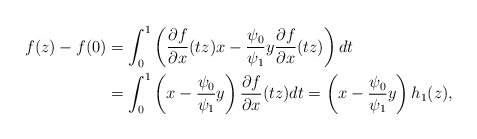
\begin{align*}f(z)-f(0) &= \int_{0}^1 \left( \frac{\partial f }{\partial x}(tz) x - \frac{ \psi_0}{\psi_1} y \frac{\partial f}{\partial x } (tz) \right) dt \\ & = \int_{0}^1 \left( x - \frac{ \psi_0}{\psi_1} y \right) \frac{\partial f }{\partial x}(tz) dt = \left( x - \frac{ \psi_0}{\psi_1} y \right) h_1(z),\\ \end{align*}